Leaving Certificate Examination, 1924
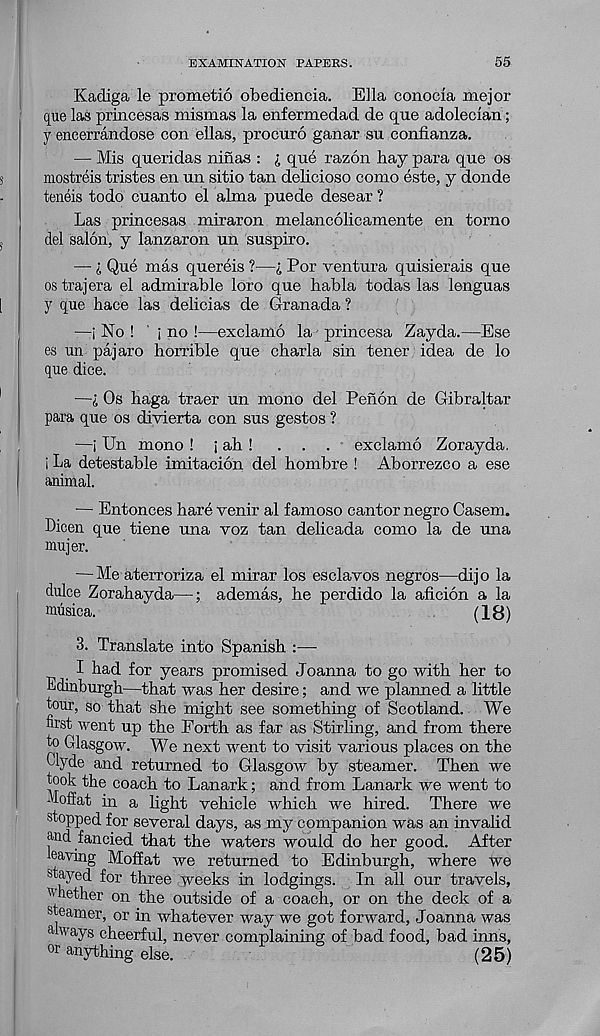
EXAMINATION PAPERS.
55
Kadiga le prometio obediencia. Ella conocia mejor
que las princesas mismas la enfermedad de que adoleclan;
y encerrandose con ellas, procuro ganar sn confianza.
— Mis queridas ninas : i quo razon hay para que os
mostreis tristes en un sitio tan delicioso como este, y donde
teneis todo cuanto el alma puede desear ?
Las princesas miraron melancolicamente en torno
del salon, y lanzaron un suspiro.
— i Que mas quereis ?—i Por ventura quisierais que
ostrajera el admirable loro que habla todas las lenguas
y que hace las delicias de Granada ?
—i No ! ' i no !—exclamo la princesa Zayda.—Ese
es un pajaro horrible que charla sin tener idea de lo
que dice.
—i Os haga traer un mono del Penon de Gibraltar
para que os divierta con sus gestos ?
—i Un mono ! i ah !
...
exclamo Zorayda,
i La detestable imitacion del hombre ! Aborrezco a ese
animal.
— Entonces hare venir al famoso cantor negro Casern.
Dicen que tiene una voz tan delicada como la de una
mujer.
— Me aterroriza el mirar los esclavos negros—dij o la
dulce Zorahayda—; ademas, he perdido la aficion a la
miisica.
(18)
3. Translate into Spanish :—
I had for years promised Joanna to go with her to
Edinburgh—that was her desire; and we planned a little
tour, so that she might see something of Scotland. We
nrst went up the Forth as far as Stirling, and from there
to Glasgow. We next went to visit various places on the
Elyde and returned to Glasgow by steamer. Then we
took the coach to Lanark; and from Lanark we went to
Moffat in a light vehicle which we hired. There we
stopped for several days, as my companion was an invalid
and fancied that the waters would do her good. After
leaving Moffat we returned to Edinburgh, where we
stayed for three weeks in lodgings. In all our travels,
Wether on the outside of a coach, or on the deck of a
steamer, or in whatever way we got forward, Joanna was
always cheerful, never complaining of bad food, bad inns,
or anything else.
(25)